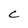
Character: C